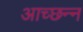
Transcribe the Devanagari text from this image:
आच्छन्‍न